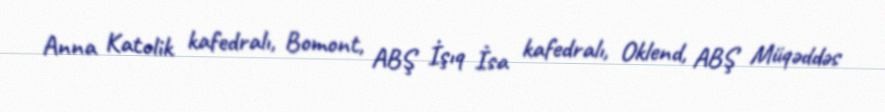
Anna Katolik kafedralı, Bomont, ABŞ İşıq İsa kafedralı, Oklend, ABŞ Müqəddəs